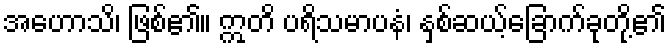
အဟောသိ၊ ဖြစ်၏။ ဣတိ ပရိသမာပနံ၊ နှစ်ဆယ့်ခြောက်ခုတို့၏